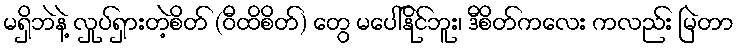
မရှိဘဲနဲ့ လှုပ်ရှားတဲ့စိတ် (ဝီထိစိတ်) တွေ မပေါ်နိုင်ဘူး၊ ဒီစိတ်ကလေး ကလည်း မြဲတာ